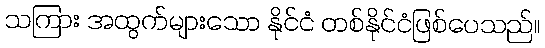
သကြား အထွက်များသော နိုင်ငံ တစ်နိုင်ငံဖြစ်ပေသည်။